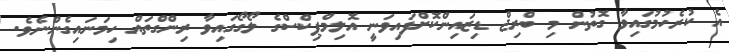
އެ ކުރެހުމުގައިވާ ގޮތުން މި ބްރިޖް ޑިޒައިންކޮށްފައިވަނީ އޮލިމްޕިކްސްގެ ލޯގޯގައިވާ ރިންގްތައް ހިމަނައިގެންނެވެ.